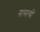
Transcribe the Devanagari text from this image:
नासत्यों